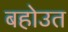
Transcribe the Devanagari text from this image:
बहोउत